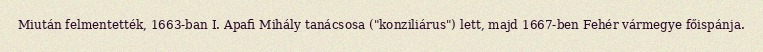
Miután felmentették, 1663-ban I. Apafi Mihály tanácsosa ("konziliárus") lett, majd 1667-ben Fehér vármegye főispánja.